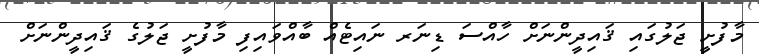
މާފުށީ ޖަލުގައި ޤައިދީންނަށް ހާއްސަ ޑިނަރ ނައިޓެއް ބާއްވައިފި މާފުށީ ޖަލުގެ ޤައިދީންނަށް